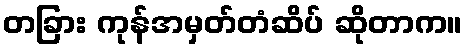
တခြား ကုန်အမှတ်တံဆိပ် ဆိုတာက။